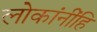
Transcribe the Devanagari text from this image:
लोकांनींहि